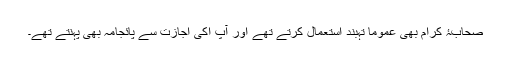
صحابۂ کرام بھی عموماً تہبند استعمال کرتے تھے اور آپ اکی اجازت سے پائجامہ بھی پہنتے تھے۔